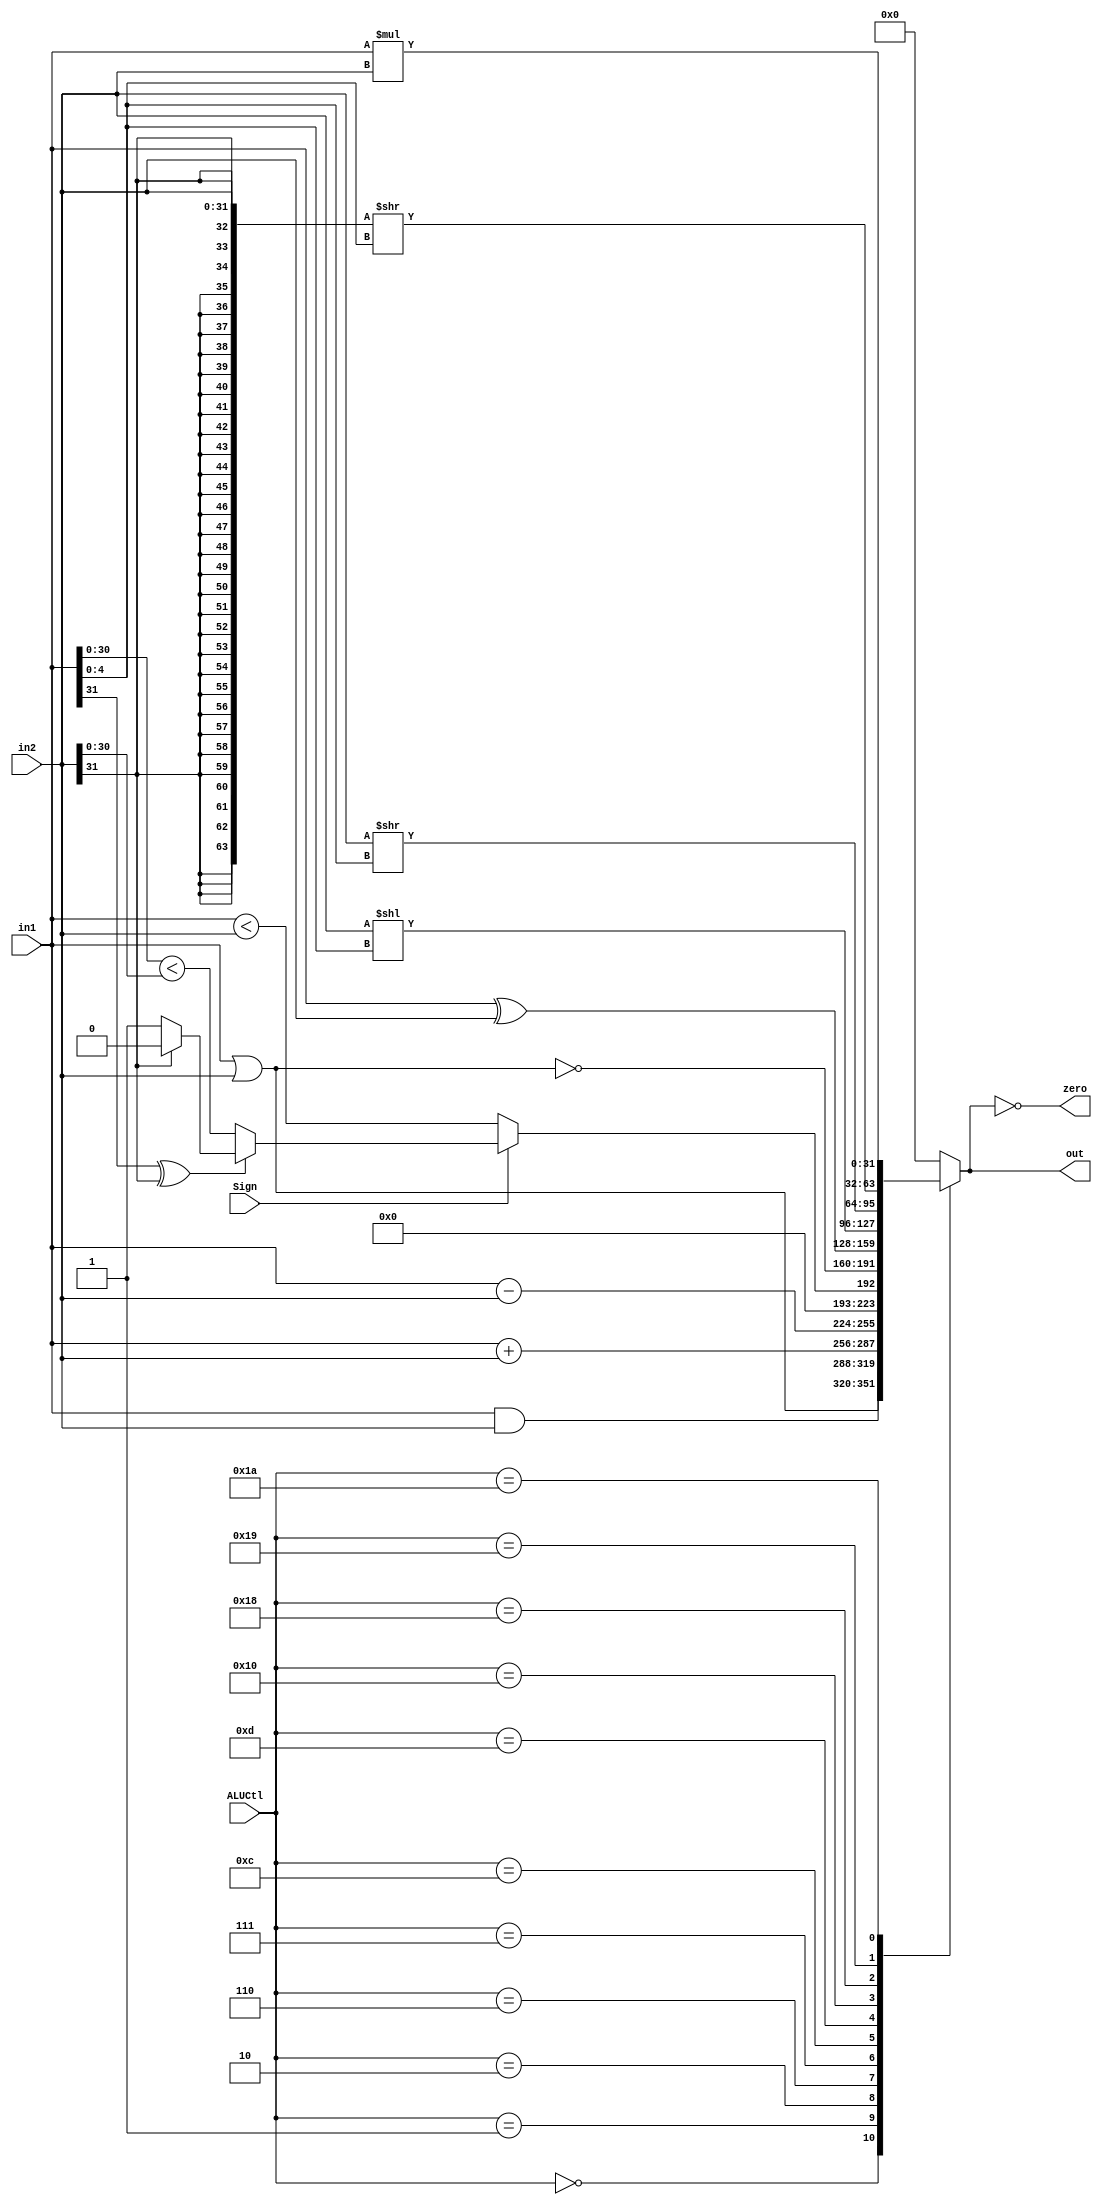
`timescale 1ns / 1ps
//////////////////////////////////////////////////////////////////////////////////
// Company: 
// Engineer: 
// 
// Design Name: 
// Module Name: ALU
// Project Name: 
// Target Devices: 
// Tool Versions: 
// Description: 
// 
// Dependencies: 
// 
// Revision:
// Revision 0.01 - File Created
// Additional Comments:
// 
//////////////////////////////////////////////////////////////////////////////////

module ALU(
	input [32 -1:0] in1      , 
	input [32 -1:0] in2      ,
	input [5 -1:0] ALUCtl    ,
	input Sign               ,
	output reg [32 -1:0] out ,
	output zero
);
	// zero means whether the output is zero or not
	assign zero = (out == 0);
	
	wire ss;
	assign ss = {in1[31], in2[31]};
	
	wire lt_31;
	assign lt_31 = (in1[30:0] < in2[30:0]);
	
	// lt_signed means whether (in1 < in2)
	wire lt_signed;
	assign lt_signed = (in1[31] ^ in2[31])? 
		((ss == 2'b01)? 0: 1): lt_31;

	
	// different ALU operations
	always @(*)
		case (ALUCtl)
			5'b00000: out <= in1 & in2;
			5'b00001: out <= in1 | in2;
			5'b00010: out <= in1 + in2;
			5'b00110: out <= in1 - in2;
			5'b00111: out <= {31'h00000000, Sign? lt_signed: (in1 < in2)};
			5'b01100: out <= ~(in1 | in2);
			5'b01101: out <= in1 ^ in2;
			5'b10000: out <= (in2 << in1[4:0]);
			5'b11000: out <= (in2 >> in1[4:0]);
			5'b11001: out <= ({{32{in2[31]}}, in2} >> in1[4:0]);
			5'b11010: out <= in1 * in2;
			default: out <= 32'h00000000;
		endcase
	
endmodule